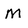
Character: M